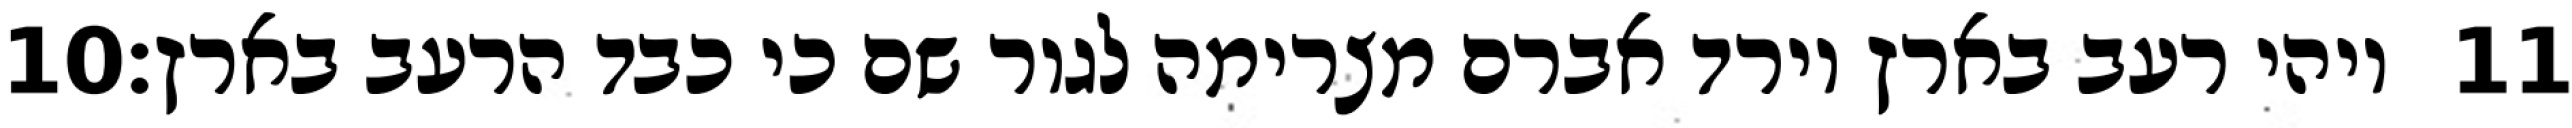
‎10‏ ויהי רעב בארץ וירד אברם מצרימה לגור שם כי כבד הרעב בארץ׃ ‎11‏